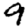
Digit: 9